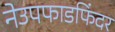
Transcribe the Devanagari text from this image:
नेउपफाडफिंदर